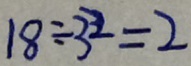
1 8 \div 3 ^ { 2 } = 2